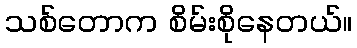
သစ်တောက စိမ်းစိုနေတယ်။